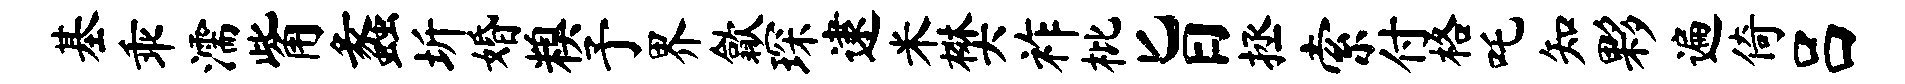
基乖濡觜蠡圻婚糗予界歙琛逮米樊祚枇旨拯索付格吒知夥遍倚吕